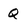
Character: q